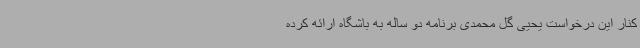
کنار این درخواست یحیی گل محمدی برنامه دو ساله به باشگاه ارائه کرده